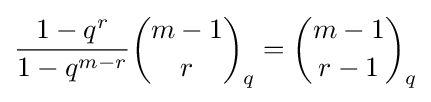
{\frac {1-q^{r}}{1-q^{m-r}}}{\binom {m-1}{r}}_{q}={\binom {m-1}{r-1}}_{q}